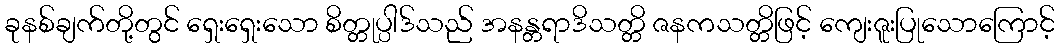
ခုနစ်ချက်တို့တွင် ရှေးရှေးသော စိတ္တုပ္ပါဒ်သည် အနန္တရာဒိသတ္တိ ဇနကသတ္တိဖြင့် ကျေးဇူးပြုသောကြောင့်